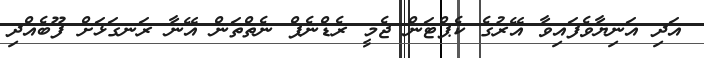
އަދި އަނިޔާވެފައިވާ އޭރުގެ ކެޕްޓަން ޖެމީ ރެޑްނެޕް ނެތްތަން އޭނާ ރަނގަޅަށް ފޫބެއްދި